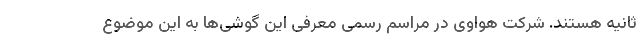
ثانیه هستند. شرکت هواوی در مراسم رسمی معرفی این گوشی‌ها به این موضوع